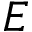
E